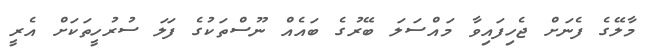
މާލޭގެ ފެނަށް ޖެހިފައިވާ މައްސަލަ ބޭރުގެ ބައެއް ނޫސްތަކުގެ ފަލަ ސުރުހީތަކަށް އެރީ